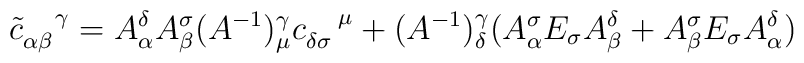
{\tilde c}_{\alpha\beta}^{\enspace \enspace \gamma}=A_{\alpha}^{\delta}A_{\beta}^{\sigma}(A^{-1})^{\gamma}_{\mu}c_{\delta \sigma}^{\enspace \enspace \mu} +(A^{-1})^{\gamma}_{\delta}(A_{\alpha}^{\sigma}E_{\sigma}A_{\beta}^{\delta}+ A^{\sigma}_{\beta}E_{\sigma}A_{\alpha}^{\delta})